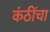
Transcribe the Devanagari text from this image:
कंठींचा